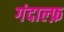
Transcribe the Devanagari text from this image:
गंदाल्फ़